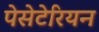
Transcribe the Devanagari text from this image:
पेसेटेरियन